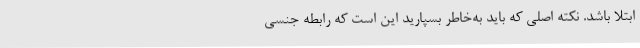
ابتلا باشد. نکته اصلی که باید به‌خاطر بسپارید این است که رابطه جنسی